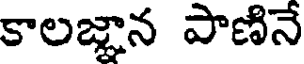
కాలజ్ఞాన పాణినే